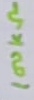
Text: 100kΩ